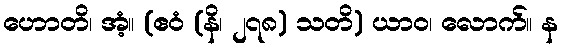
ဟောတိ၊ အံ့။ (ဧဝံ (နိ၊ ၂၇၈) သတိ) ယာဝ၊ လောက်။ န